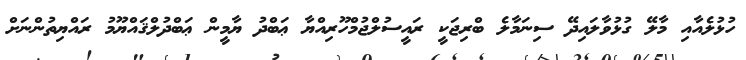
ހުޅުލެއާއި މާލޭ ގުޅުވާލައިދޭ ސިނަމާލެ ބްރިޖަކީ ރައީސުލްޖުމްހޫރިއްޔާ ޢަބްދު ޔާމީން ޢަބްދުލްޤައްޔޫމު ރައްޔިތުންނަށް